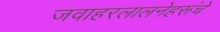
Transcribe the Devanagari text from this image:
जवाहरलालनेहरूंचे